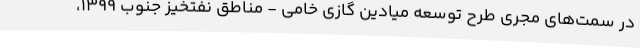
در سمت‌های مجری طرح توسعه میادین گازی خامی - مناطق نفتخیز جنوب ۱۳۹۹،